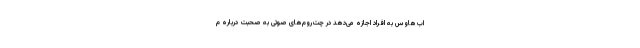
اب‌هاوس به افراد اجازه می‌دهد در چت‌روم‌های صوتی به صحبت درباره م